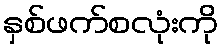
နှစ်ဖက်စလုံးကို